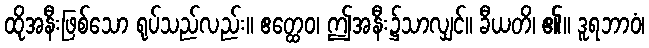
ထိုအနီးဖြစ်သော ရုပ်သည်လည်း။ ဧတ္ထေဝ၊ ဤအနီး၌သာလျှင်။ ခီယတိ၊ ၏။ ဒူရဘာဝံ၊